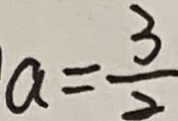
a = \frac { 3 } { 2 }